Indian journal of veterinary science and animal husbandry - Volume 14,
Year: 1944
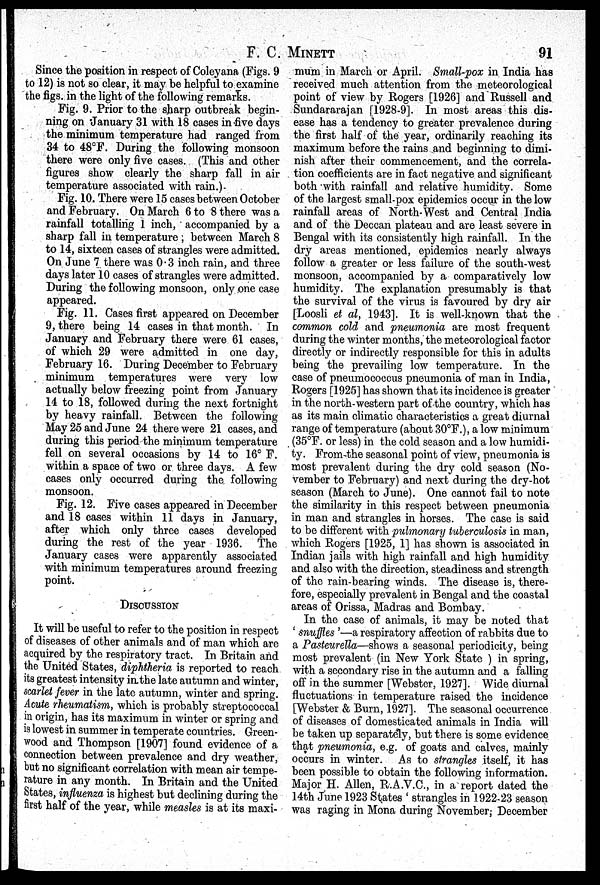
F.
C.
MINETT
91
Since the position in respect of Coleyana (Figs. 9
to 12) is not so clear, it may be helpful to examine
the figs. in the light of the following remarks.
Fig. 9. Prior to the sharp outbreak begin-
ning on January 31 with 18 cases in five days
the minimum temperature had ranged from
34 to 48°F. During the following monsoon
there were only five cases. (This and other
figures show clearly the sharp fall in air
temperature associated with rain.)
Fig. 10. There were 15 cases between October
and February. On March 6 to 8 there was a
rainfall totalling 1 inch, accompanied by a
sharp fall in temperature , between March 8
to 14, sixteen cases of strangles were admitted.
On June 7 there was 0.3 inch rain, and three
days later 10 cases of strangles were admitted.
During the following monsoon, only one case
appeared.
Fig. 11. Cases first appeared on December
9, there being 14 cases in that month. In
January and February there were 61 cases,
of which 29 were admitted in one day,
February 16. During December to February
minimum temperatures were very low
actually below freezing point from January
14 to 18, followed during the next fortnight
by heavy rainfall. Between the following
May 25 and June 24 there were 21 cases, and
during this period the minimum temperature
fell on several occasions by 14 to 16° F.
within a space of two or three days. A few
cases only occurred during the following
monsoon.
Fig. 12. Five cases appeared in December
and 18 cases within 11 days in January,
after which only three cases developed
during the rest of the year 1936. The
January cases were apparently associated
with minimum temperatures around freezing
point.
DISCUSSION
It will be useful to refer to the position in respect
of diseases of other animals and of man which are
acquired by the respiratory tract. In Britain and
the United States, diphtheria is reported to reach
its greatest intensity in the late autumn and winter,
scarlet fever in the late autumn, winter and spring.
Acute rheumatism, which is probably streptococcal
in origin, has its maximum in winter or spring and
is lowest in summer in temperate countries. Green-
wood and Thompson [1907] found evidence of a
connection between prevalence and dry weather,
but no significant correlation with mean air tempe-
rature in any month. In Britain and the United
States, influenza is highest but declining during the
first half of the year, while measles is at its maxi-
mum in March or April. Small-pox in India has
received much attention from the meteorological
point of view by Rogers [1926] and Russell and
Sundararajan [1928-9]. In most areas this dis-
ease has a tendency to greater prevalence during
the first half of the year, ordinarily reaching its
maximum before the rains and beginning to dimi-
nish after their commencement, and the correla-
tion coefficients are in fact negative and significant
both with rainfall and relative humidity. Some
of the largest small-pox epidemics occur in the low
rainfall areas of North-West and Central India
and of the Deccan plateau and are least severe in
Bengal with its consistently high rainfall. In the
dry areas mentioned, epidemics nearly always
follow a greater or less failure of the south-west
monsoon, accompanied by a comparatively low
humidity. The explanation presumably is that
the survival of the virus is favoured by dry air
[Loosli et al, 1943]. It is well-known that the
common cold and pneumonia are most frequent
during the winter months, the meteorological factor
directly or indirectly responsible for this in adults
being the prevailing low temperature. In the
case of pneumococcus pneumonia of man in India,
Rogers [1925] has shown that its incidence is greater
in the north-western part of the country, which has
as its main climatic characteristics a great diurnal
range of temperature (about 30°F.), a low minimum
(35°F. or less) in the cold season and a low humidi-
ty. From the seasonal point of view, pneumonia is
most prevalent during the dry cold season (No-
vember to February) and next during the dry-hot
season (March to June). One cannot fail to note
the similarity in this respect between pneumonia
in man and strangles in horses. The case is said
to be different with pulmonary tuberculosis in man,
which Rogers [1925, 1] has shown is associated in
Indian jails with high rainfall and high humidity
and also with the direction, steadiness and strength
of the rain-bearing winds. The disease is, there-
fore, especially prevalent in Bengal and the coastal
areas of Orissa, Madras and Bombay.
In the case of animals, it may be noted that
' snuffles '—a respiratory affection of rabbits due to
a Pasteurella—shows a seasonal periodicity, being
most prevalent (in New York State ) in spring,
with a secondary rise in the autumn and a falling
off in the summer [Webster, 1927]. Wide diurnal
fluctuations in temperature raised the incidence
[Webster & Burn, 1927]. The seasonal occurrence
of diseases of domesticated animals in India will
be taken up separately, but there is some evidence
that pneumonia, e.g. of goats and calves, mainly
occurs in winter. As to strangles itself, it has
been possible to obtain the following information.
Major H. Allen, R.A.V.C., in a report dated the
14th June 1923 States ' strangles in 1922-23 season
was raging in Mona during November; December